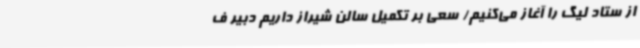
از ستاد لیگ را آغاز می‌کنیم/ سعی بر تکمیل سالن شیراز داریم دبیر ف